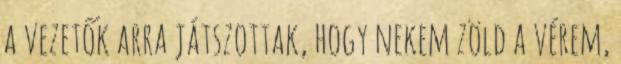
a vezetők arra játszottak, hogy nekem zöld a vérem,